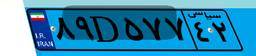
۸۹D۵۷۷۴۲